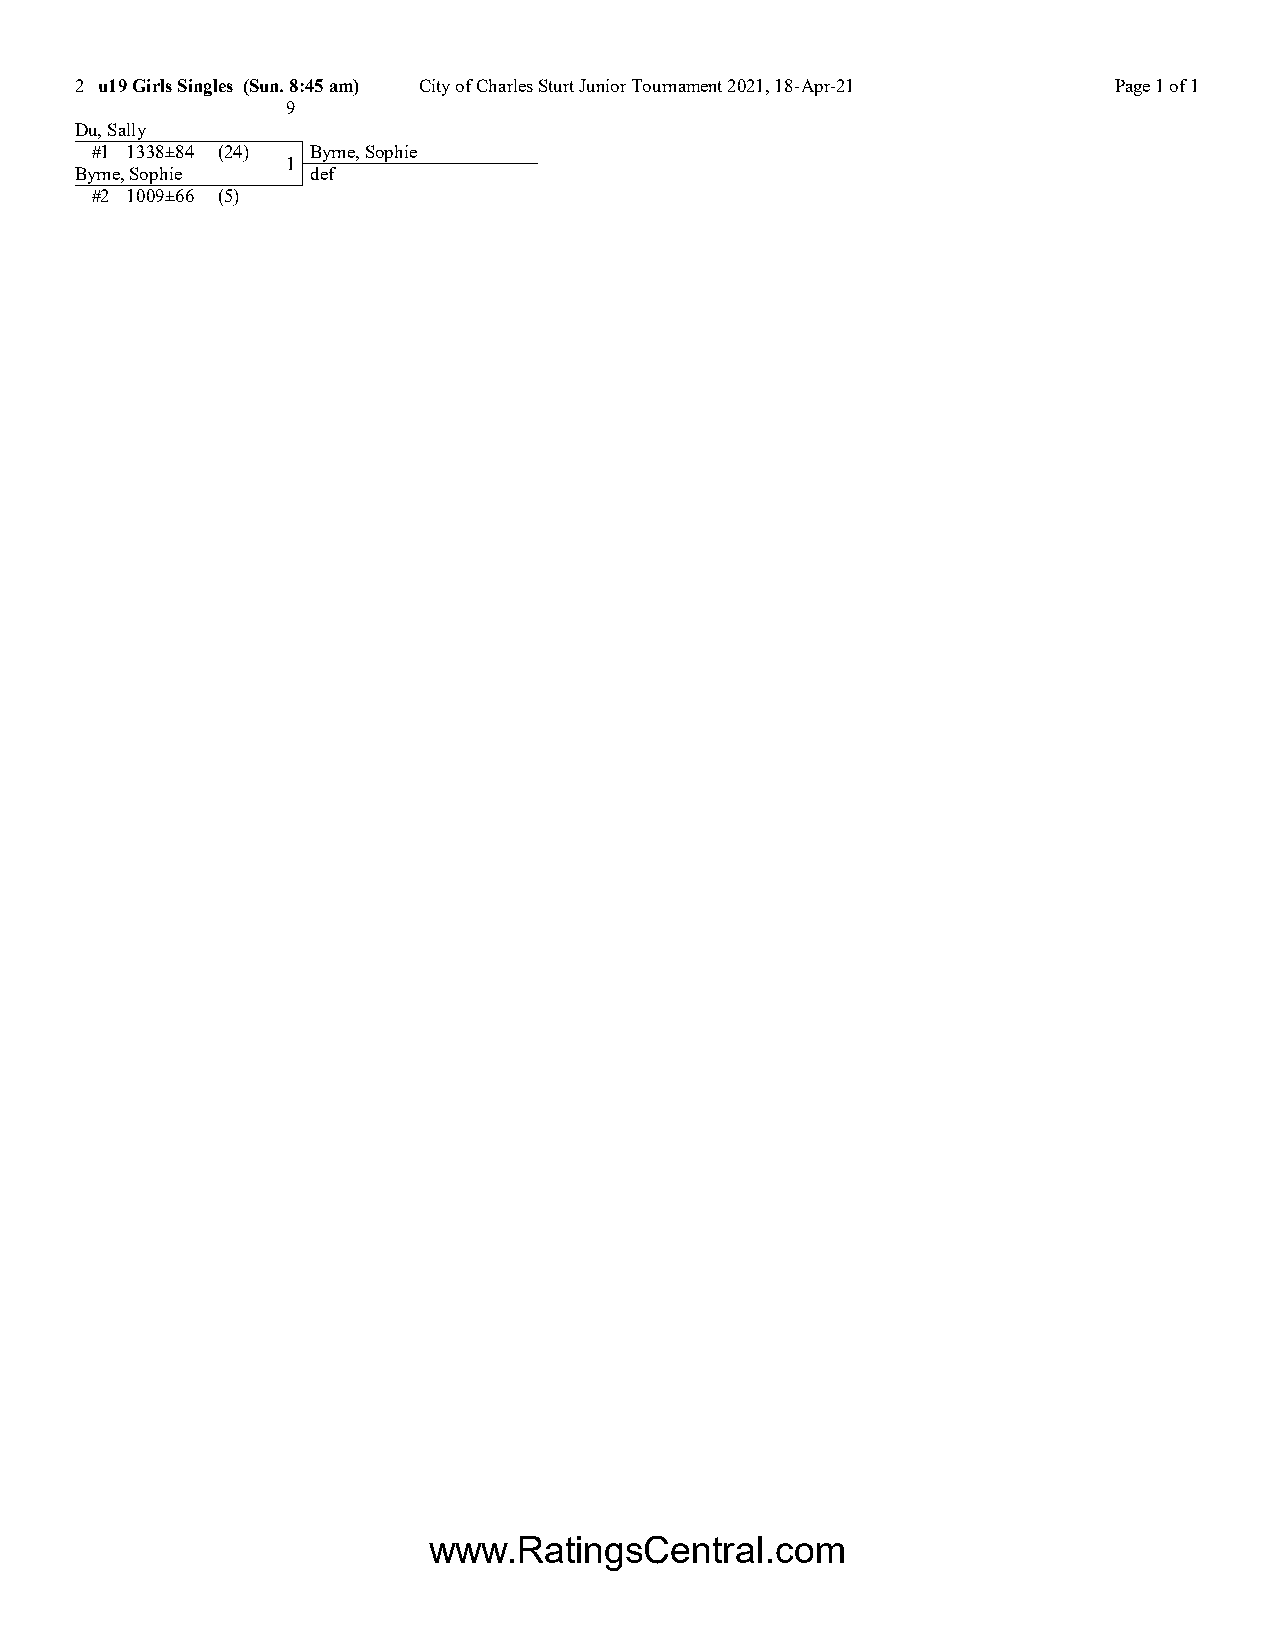
2 u19 Girls Singles (Sun. 8:45 am) City of Charles Sturt Junior Tournament 2021, 18-Apr-21 Page 1 of 1
 9
 Du, Sally
 #1 1338±84 (24) Byrne, Sophie
 1
 Byrne, Sophie   def
 #2 1009±66 (5)
 www.RatingsCentral.com